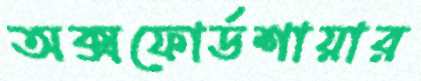
অক্সফোর্ডশায়ার